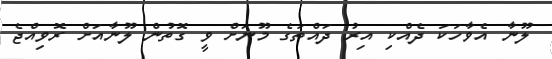
ލޫނާ އެވާހަކަ ދެއްކި އިރު ދައްތަގެ މޫނަށް ވީ ގޮތުން ލޫނާއަށް ރޮވިއްޖެ